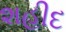
શહીદ